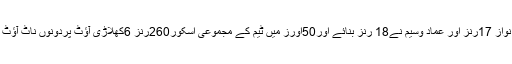
محمد نواز 17رنز اور عماد وسیم نے18 رنز بنائے اور50اَورز میں ٹیم کے مجموعی اسکور260رنز 6کھلاڑی آؤٹ پردونوں ناٹ آؤٹ رہے۔